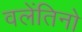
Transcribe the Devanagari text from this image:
वलेंतिनो